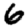
Digit: 6